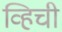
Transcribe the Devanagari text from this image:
व्हिची